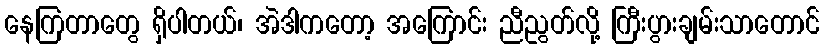
နေကြတာတွေ ရှိပါတယ်၊ အဲဒါကတော့ အကြောင်း ညီညွတ်လို့ ကြီးပွားချမ်းသာတောင်